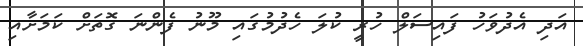
އަދި އެދުވަހު ފައިސަލް ހުރީ ކުލަ ހެދުމުގައި މޫނު ފެންނަ ގޮތަށް ކަމަށާއި